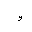
Letter: _waw